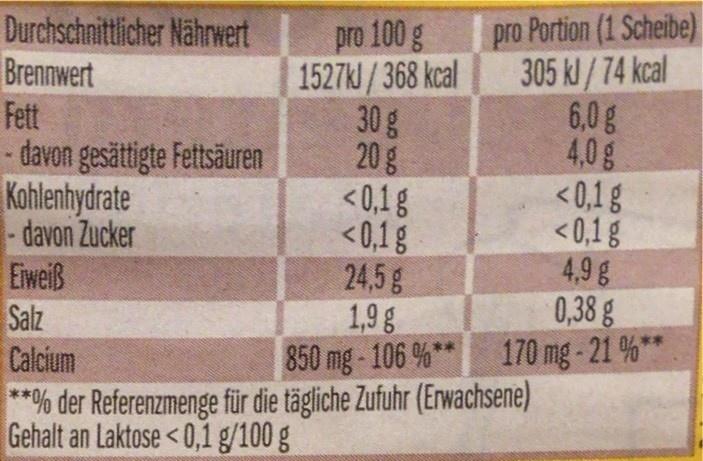
Durchschnittlicher Nährwert Brennwert Fett davon gesättigte Fettsäuren Kohlenhydrate davon Zucker Eiweiß Salz
pro 100 g 1527kl/368 kcal 30g 20g < 0,1g <0,1g 24,5 g 1,9g 850 mg-106 %**
pro Portion (1 Scheibe) 305 kl/74 kcal 6,0g 4,0g <0,1g < 0,1 g 4,9g 0,38 g 170 mg - 21 %*
*
Calcium
**% der Referenzmenge für die tägliche Zufuhr (Erwachsene) Gehalt an Laktose<0,1 g/100 g